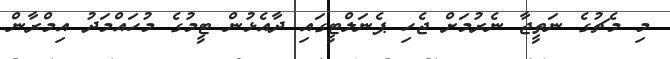
މި މެޗުގެ ނަތީޖާ ނެރުމަށް ޖެހި ޕެނަލްޓީގައި ދާއެޅުން ޓީމުގެ މުހައްމަދު އިމްރާން